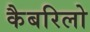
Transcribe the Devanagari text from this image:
कैबरिलो